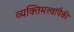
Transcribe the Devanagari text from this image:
व्यक्तिमत्त्वांपैकी